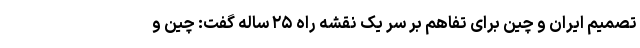
تصمیم ایران و چین برای تفاهم بر سر یک نقشه راه ۲۵ ساله گفت: چین و